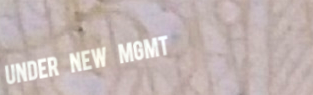
Under New Mgmt